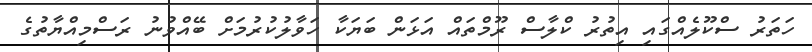
ހަތަރު ސްކޫލެއްގައި އިތުރު ކްލާސް ރޫމްތައް އަޅަން ބަޔަކާ ހަވާލުކުރުމަށް ބޭއްވުނު ރަސްމިއްޔާތުގެ